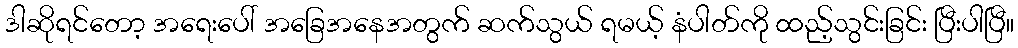
ဒါဆိုရင်တော့ အရေးပေါ် အခြေအနေအတွက် ဆက်သွယ် ရမယ့် နံပါတ်ကို ထည့်သွင်းခြင်း ပြီးပါပြီ။